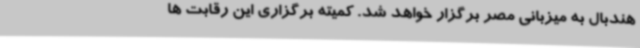
هندبال به میزبانی مصر برگزار خواهد شد. کمیته برگزاری این رقابت ها